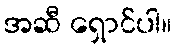
အဆီ ရှောင်ပါ။